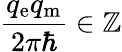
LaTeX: {\frac{q_{\mathrm{e}}q_{\mathrm{m}}}{2\pi\hbar}}\in\mathbb{Z}